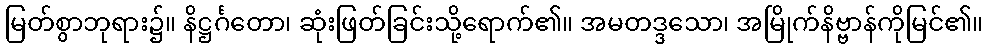
မြတ်စွာဘုရား၌။ နိဋ္ဌင်္ဂတော၊ ဆုံးဖြတ်ခြင်းသို့ရောက်၏။ အမတဒ္ဒသော၊ အမြိုက်နိဗ္ဗာန်ကိုမြင်၏။